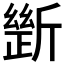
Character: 𣂾